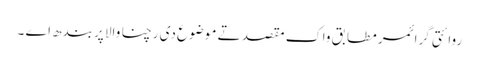
روائتی گرائمر مطابق واک مقصد تے موضوع دی رچنا والا پربندھ اے ۔